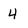
Character: 4